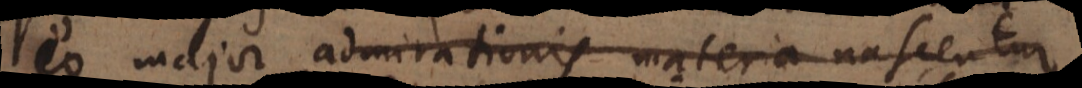
eo major admirationis materia nascentur,